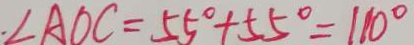
. \angle A O C = 5 5 ^ { \circ } + 5 5 ^ { \circ } = 1 1 0 ^ { \circ }